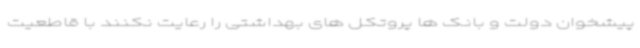
پیشخوان دولت و بانک ها پروتکل های بهداشتی را رعایت نکنند با قاطعیت